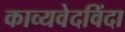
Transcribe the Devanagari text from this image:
काव्यवेदविंदा